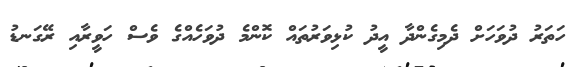
ހަތަރު ދުވަހަށް ދެމިގެންދާ އީދު ކުޅިވަރުތައް ކޮންމެ ދުވަހެއްގެ ވެސް ހަވީރާއި ރޭގަނޑު